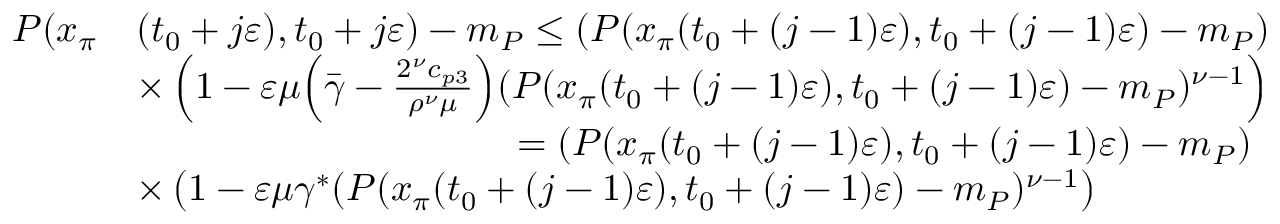
\begin{array} { r l } { P ( x _ { \pi } } & { ( t _ { 0 } + j \varepsilon ) , t _ { 0 } + j \varepsilon ) - m _ { P } \le ( P ( x _ { \pi } ( t _ { 0 } + ( j - 1 ) \varepsilon ) , t _ { 0 } + ( j - 1 ) \varepsilon ) - m _ { P } ) } \\ & { \times \left( 1 - \varepsilon \mu \Big ( \bar { \gamma } - \frac { 2 ^ { \nu } c _ { p 3 } } { \rho ^ { \nu } \mu } \Big ) ( P ( x _ { \pi } ( t _ { 0 } + ( j - 1 ) \varepsilon ) , t _ { 0 } + ( j - 1 ) \varepsilon ) - m _ { P } ) ^ { \nu - 1 } \right) } \\ & { \qquad \qquad \qquad \qquad \qquad = ( P ( x _ { \pi } ( t _ { 0 } + ( j - 1 ) \varepsilon ) , t _ { 0 } + ( j - 1 ) \varepsilon ) - m _ { P } ) } \\ & { \times \left( 1 - \varepsilon \mu \gamma ^ { * } ( P ( x _ { \pi } ( t _ { 0 } + ( j - 1 ) \varepsilon ) , t _ { 0 } + ( j - 1 ) \varepsilon ) - m _ { P } ) ^ { \nu - 1 } \right) } \end{array}